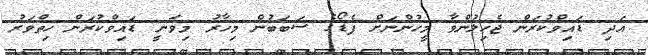
އަދި ޑައިވްކުރަން ޖެހިލުންވާ މީހުންނަށް ފެޑޯގެ ސަބަބުން މިހާރު މިވަނީ ޑައިވްކުރަން ހިތްވަރު